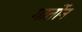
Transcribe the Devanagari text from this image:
गार्तोन